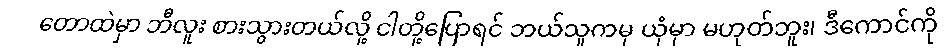
တောထဲမှာ ဘီလူး စားသွားတယ်လို့ ငါတို့ပြောရင် ဘယ်သူကမှ ယုံမှာ မဟုတ်ဘူး၊ ဒီကောင်ကို